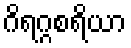
ဂိရဂ္ဂစရိယာ